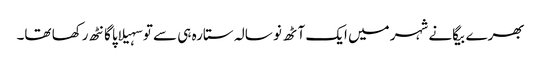
بھرے بیگانے شہر میں ایک آٹھ نو سالہ ستارہ ہی سے تو سہیلاپا گانٹھ رکھا تھا۔